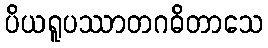
ပိယရူပဿာတဂဓိတာသေ